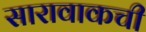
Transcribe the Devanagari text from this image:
सारावाकची